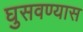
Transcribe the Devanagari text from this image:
घुसवण्यास